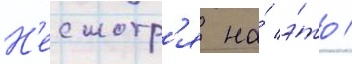
Н'есмотр'я на́ э́то /